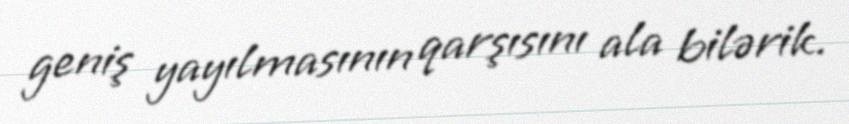
geniş yayılmasının qarşısını ala bilərik.